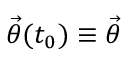
\ensuremath { \vec { \theta } } ( t _ { 0 } ) \equiv \ensuremath { \vec { \theta } }